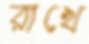
রাখে